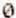
0